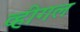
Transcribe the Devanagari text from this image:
व्हीगल